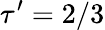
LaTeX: \tau^{\prime}=2/3